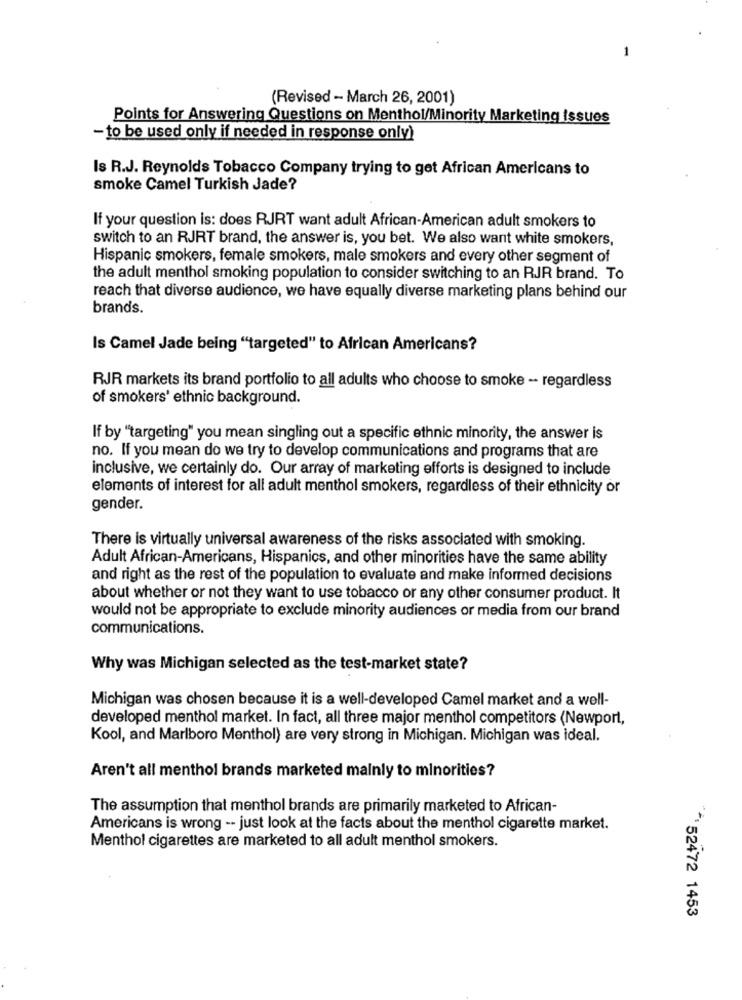
(Revised - March 26, 2001)
Points for Answering Questions on Menthol/Minority Marketing Issues
- to be used only if needed in response only)
Is R.J. Reynolds Tobacco Company trying to get African Americans to
smoke Camel Turkish Jade?
If your question is: does RJRT want adult African-American adult smokers to
switch to an RJRT brand, the answer is, you bet. We also want white smokers,
Hispanic smokers, female smokers, male smokers and every other segment of
the adult menthol smoking population to consider switching to an RJR brand. To
reach that diverse audience, we have equally diverse marketing plans behind our
brands.
Is Camel Jade being "targeted" to African Americans?
RJR markets its brand portfolio to all adults who choose to smoke - regardless
of smokers' ethnic background.
If by "targeting" you mean singling out a specific ethnic minority, the answer is
no. If you mean do we try to develop communications and programs that are
inclusive, we certainly do. Our array of marketing efforts is designed to include
elements of interest for all adult menthol smokers, regardless of their ethnicity or
gender.
There is virtually universal awareness of the risks associated with smoking.
Adult African-Americans, Hispanics, and other minorities have the same ability
and right as the rest of the population to evaluate and make informed decisions
about whether or not they want to use tobacco or any other consumer product. It
would not be appropriate to exclude minority audiences or media from our brand
communications.
Why was Michigan selected as the test-market state?
Michigan was chosen because it is a well-developed Camel market and a well-
developed menthol market. In fact, all three major menthol competitors (Newport,
Kool, and Marlboro Menthol) are very strong in Michigan. Michigan was ideal.
Aren't all menthol brands marketed mainly to minorities?
The assumption that menthol brands are primarily marketed to African-
Americans is wrong -- just look at the facts about the menthol cigarette market.
Menthol cigarettes are marketed to all adult menthol smokers.
** 52472 1453